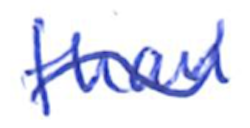
Text: than
Cross-out: wave
Writing tool: ballpoint